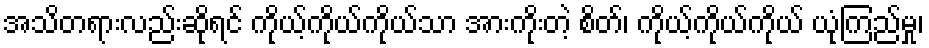
အသိတရားလည်းဆိုရင် ကိုယ့်ကိုယ်ကိုယ်သာ အားကိုးတဲ့ စိတ်၊ ကိုယ့်ကိုယ်ကိုယ် ယုံကြည်မှု၊